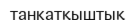
танкатқыштық